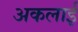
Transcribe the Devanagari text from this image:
अकलाई